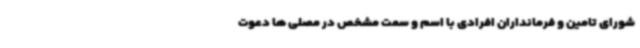
شورای تامین و فرمانداران افرادی با اسم و سمت مشخص در مصلی ها دعوت